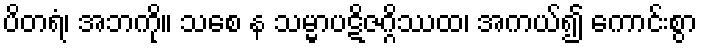
ပိတရံ၊ အဘကို။ သစေ န သမ္မာပဋိဇဂ္ဂိဿထ၊ အကယ်၍ ကောင်းစွာ